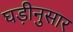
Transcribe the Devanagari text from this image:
घड़ीनुसार